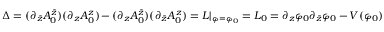
\Delta = ( \partial _ { \bar { z } } A _ { 0 } ^ { \bar { z } } ) ( \partial _ { z } A _ { 0 } ^ { z } ) - ( \partial _ { z } A _ { 0 } ^ { \bar { z } } ) ( \partial _ { \bar { z } } A _ { 0 } ^ { z } ) = { \cal L } | _ { \varphi = \varphi _ { 0 } } = { \cal L } _ { 0 } = \partial _ { z } \varphi _ { 0 } \partial _ { \bar { z } } \varphi _ { 0 } - V ( \varphi _ { 0 } )